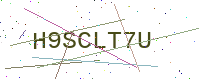
Text: H9SCLT7U